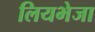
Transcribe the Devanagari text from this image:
लियभेजा